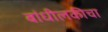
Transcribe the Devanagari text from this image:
बांधीलकीचा